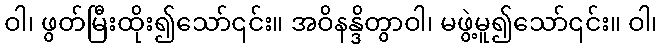
ဝါ၊ ဖွတ်မြီးထိုး၍သော်၎င်း။ အဝိနန္ဒိတွာဝါ၊ မဖွဲ့မူ၍သော်၎င်း။ ဝါ၊